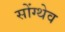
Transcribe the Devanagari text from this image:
सोंग्थेव